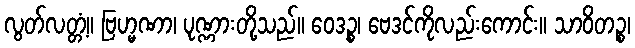
လွတ်လတ္တံ့။ ဗြဟ္မဏာ၊ ပုဏ္ဏားတို့သည်။ ဝေဒဉ္စ၊ ဗေဒင်ကိုလည်းကောင်း။ သာဝိတဉ္စ၊